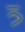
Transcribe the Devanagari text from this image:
त्र्